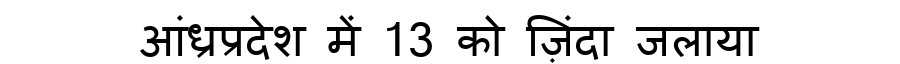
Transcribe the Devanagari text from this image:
आंध्रप्रदेश में 13 को ज़िंदा जलाया